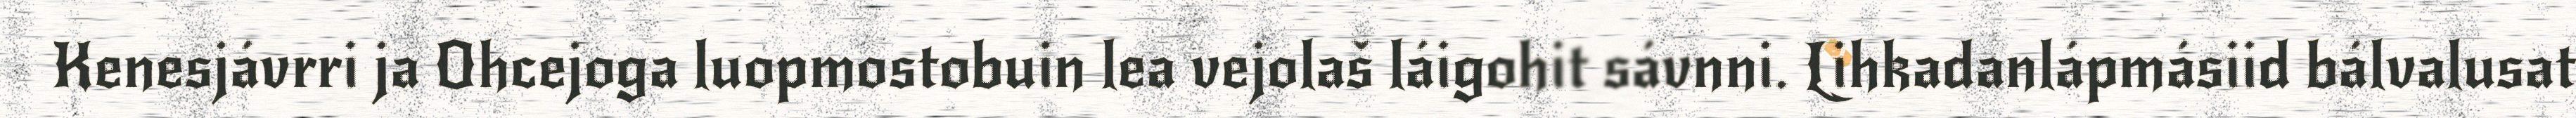
Kenesjávrri ja Ohcejoga luopmostobuin lea vejolaš láigohit sávnni. Lihkadanlápmásiid bálvalusat